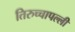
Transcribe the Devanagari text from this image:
तिरुच्चापल्ली